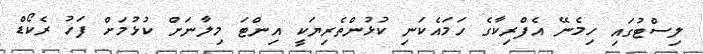
ލިސްޓުގައި ހިމެނޭ އެފްރިކާގެ ހަމައެކަނި ކުޅުންތެރިޔަކީ އިންޓަ މިލާނަށް ކުޅުމަށް ފަހު ރެކޯޑް